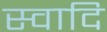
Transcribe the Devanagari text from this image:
स्वादि